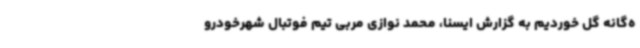
ه‌گانه گل خوردیم به گزارش ایسنا، محمد نوازی مربی تیم فوتبال شهرخودرو